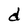
Character: d